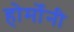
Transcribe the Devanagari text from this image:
होर्मोनी